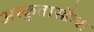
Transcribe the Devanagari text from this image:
अस्कुतास्क्वैश